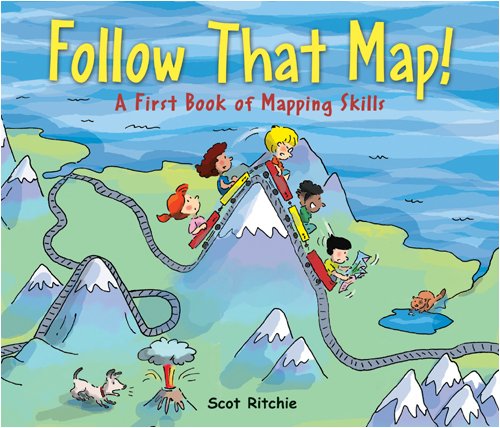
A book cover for Follow That Map!: A First Book of Mapping Skills; Scot Ritchie; Children's Books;